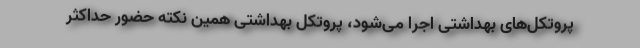
پروتکل‌های بهداشتی اجرا می‌شود، پروتکل بهداشتی همین نکته حضور حداکثر